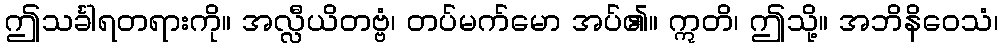
ဤသင်္ခါရတရားကို။ အလ္လီယိတဗ္ဗံ၊ တပ်မက်မော အပ်၏။ ဣတိ၊ ဤသို့။ အဘိနိဝေသံ၊